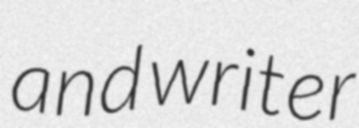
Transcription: and writer